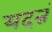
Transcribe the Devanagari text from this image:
यदन्नं